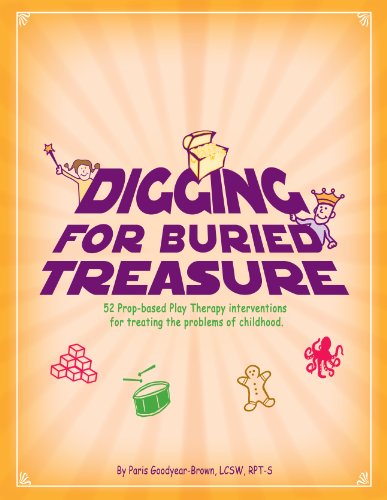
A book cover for Digging for Buried Treasure: 52 Prop-Based Play Therapy Interventions for Treating the Problems of Childhood; Paris Goodyear-Brown; Health, Fitness & Dieting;